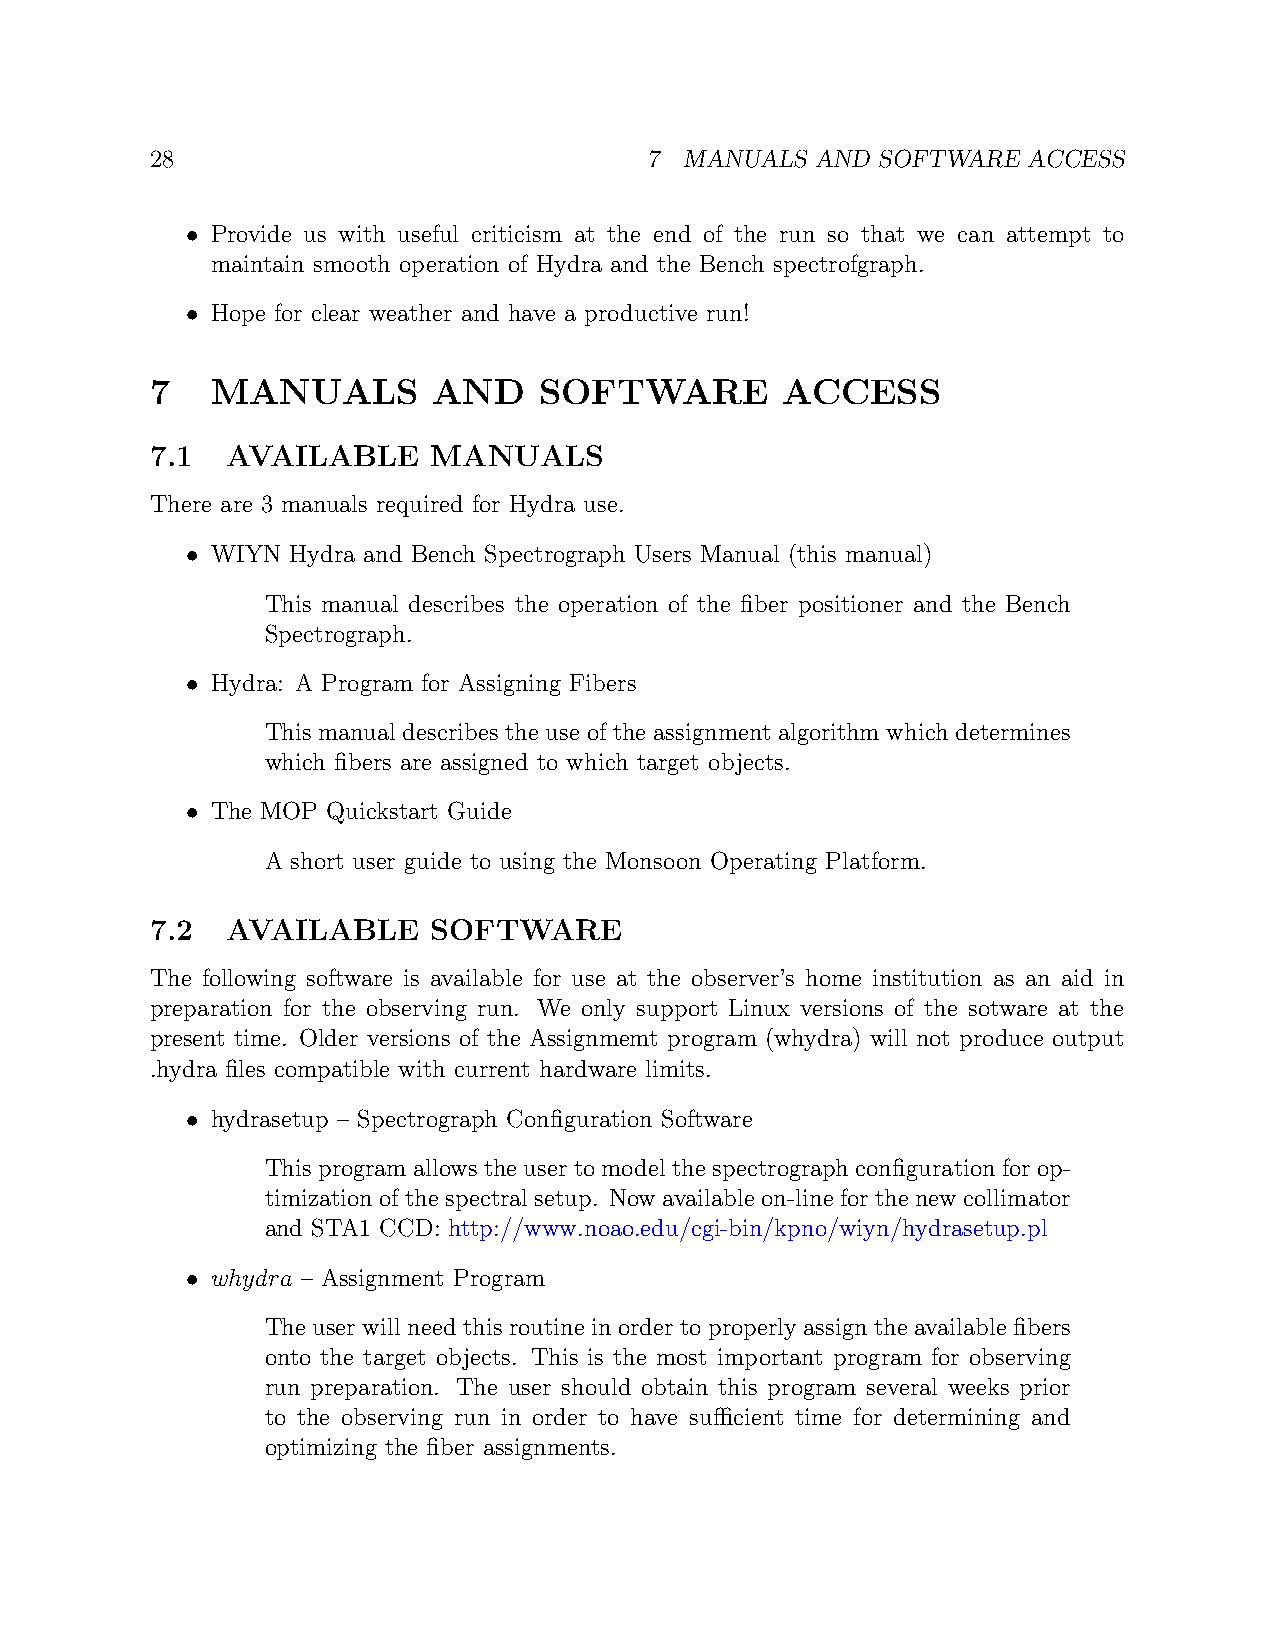
28                               7 MANUALS  AND SOFTWARE  ACCESS
 • Provide us with useful criticism at the end of the run so that we can attempt to
 maintain smooth operation of Hydra and the Bench spectrofgraph.
 • Hope for clear weather and have a productive run!
 7   MANUALS        AND    SOFTWARE        ACCESS
 7.1  AVAILABLE     MANUALS
 There are 3 manuals required for Hydra use.
 • WIYN Hydra and Bench Spectrograph Users Manual (this manual)
 This manual describes the operation of the fiber positioner and the Bench
 Spectrograph.
 • Hydra: A Program for Assigning Fibers
 This manual describes the use of the assignment algorithm which determines
 which fibers are assigned to which target objects.
 • The MOP Quickstart Guide
 A short user guide to using the Monsoon Operating Platform.
 7.2  AVAILABLE     SOFTWARE
 The following software is available for use at the observer’s home institution as an aid in
 preparation for the observing run. We only support Linux versions of the sotware at the
 present time. Older versions of the Assignmemt program (whydra) will not produce output
 .hydra files compatible with current hardware limits.
 • hydrasetup – Spectrograph Configuration Software
 Thisprogramallowstheusertomodelthespectrographconfigurationforop-
 timization of the spectral setup. Now available on-line for the new collimator
 and STA1 CCD: http://www.noao.edu/cgi-bin/kpno/wiyn/hydrasetup.pl
 • whydra – Assignment Program
 The user will need this routine in order to properly assign the available fibers
 onto the target objects. This is the most important program for observing
 run preparation. The user should obtain this program several weeks prior
 to the observing run in order to have sufficient time for determining and
 optimizing the fiber assignments.